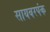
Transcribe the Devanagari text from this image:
सायबरपंक